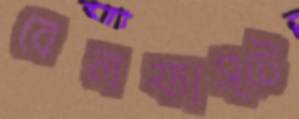
বেলফাস্টে